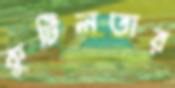
কুটিলতার